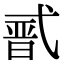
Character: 𭚣